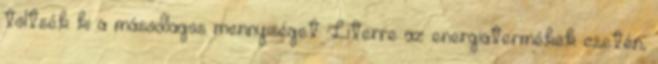
töltsék ki a másodlagos mennyiséget Literre az energiatermékek esetén,